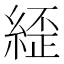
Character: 𮈥